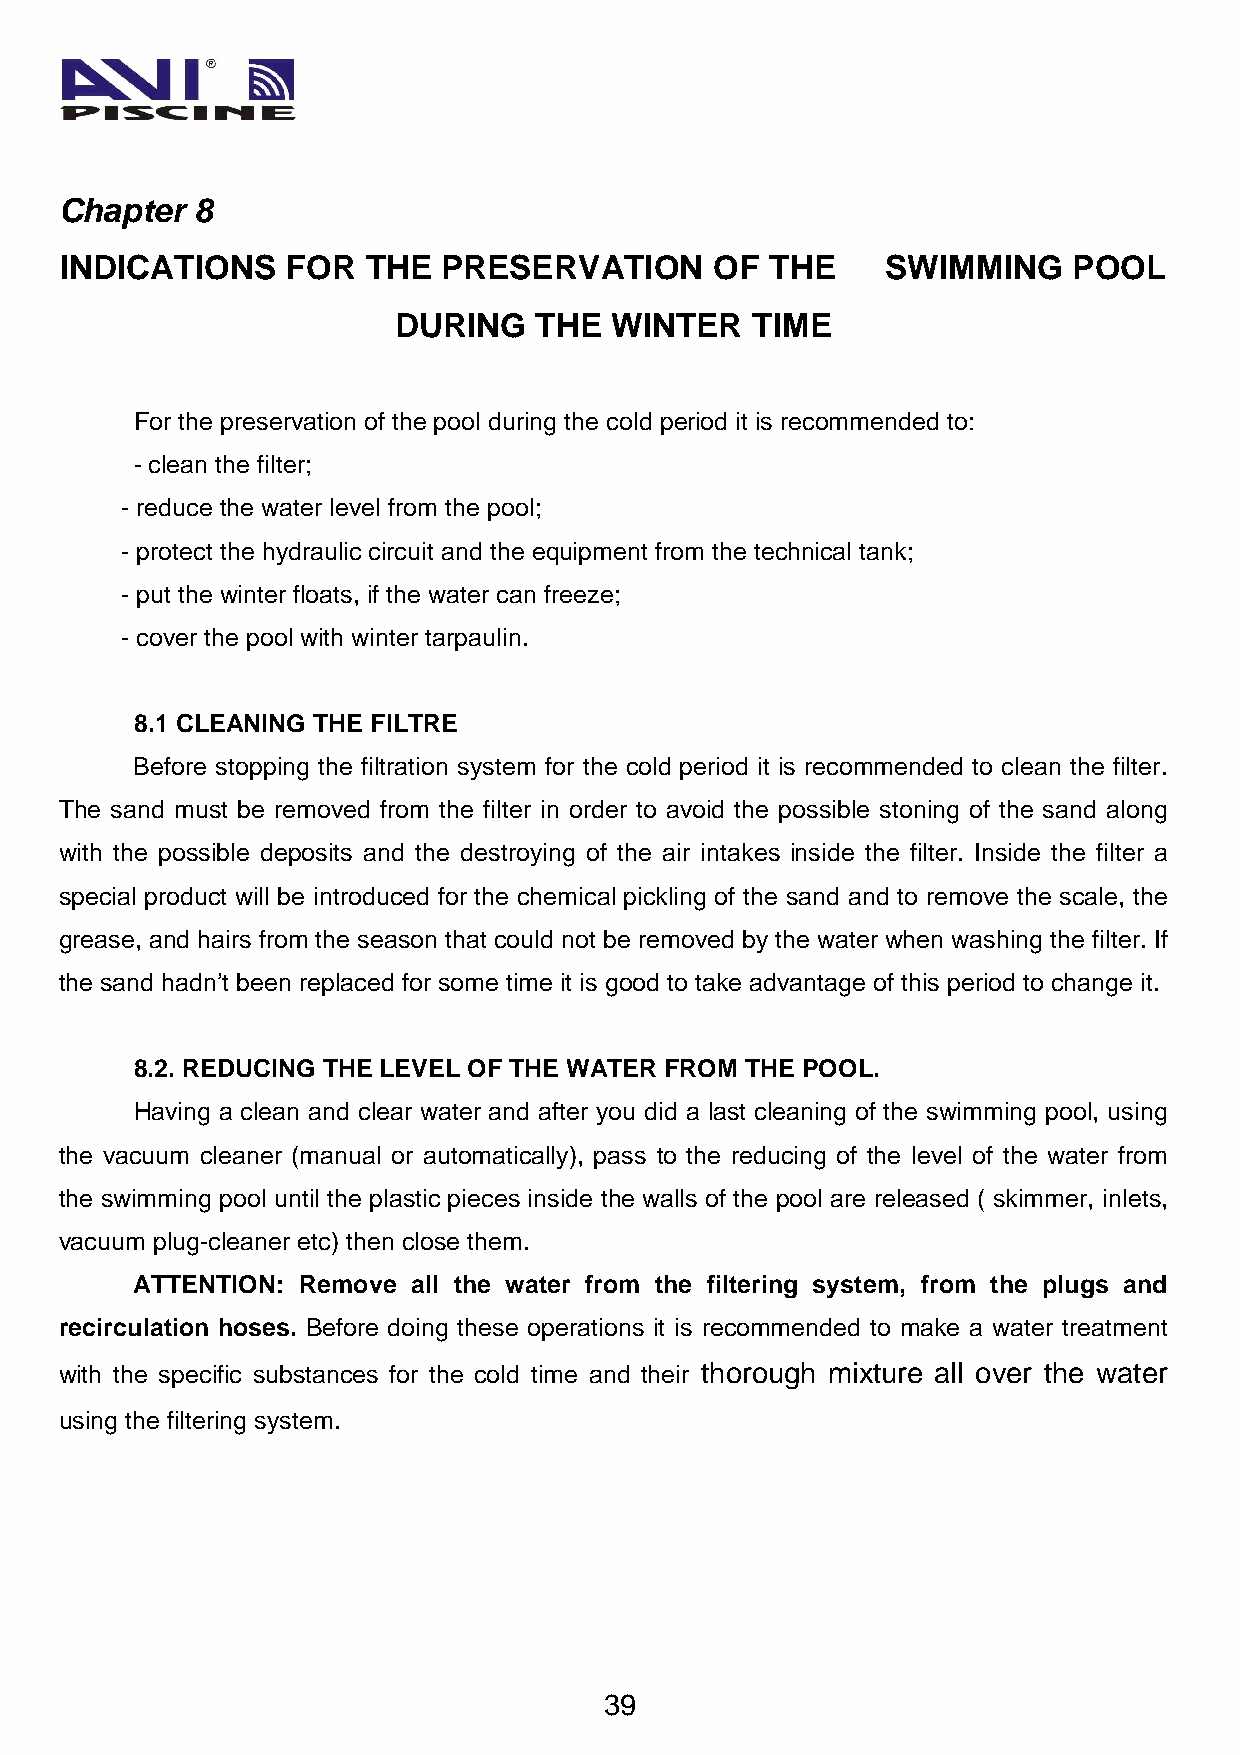
Chapter  8
 INDICATIONS    FOR  THE  PRESERVATION      OF  THE     SWIMMING    POOL
 DURING   THE  WINTER    TIME
 For the preservation of the pool during the cold period it is recommended to:
 - clean the filter;
 - reduce the water level from the pool;
 - protect the hydraulic circuit and the equipment from the technical tank;
 - put the winter floats, if the water can freeze;
 - cover the pool with winter tarpaulin.
 8.1 CLEANING THE FILTRE
 Before stopping the filtration system for the cold period it is recommended to clean the filter.
 The sand must be removed from the filter in order to avoid the possible stoning of the sand along
 with the possible deposits and the destroying of the air intakes inside the filter. Inside the filter a
 special product will be introduced for the chemical pickling of the sand and to remove the scale, the
 grease, and hairs from the season that could not be removed by the water when washing the filter. If
 the sand hadn’t been replaced for some time it is good to take advantage of this period to change it.
 8.2. REDUCING THE LEVEL OF THE WATER FROM THE POOL.
 Having a clean and clear water and after you did a last cleaning of the swimming pool, using
 the vacuum cleaner (manual or automatically), pass to the reducing of the level of the water from
 the swimming pool until the plastic pieces inside the walls of the pool are released ( skimmer, inlets,
 vacuum plug-cleaner etc) then close them.
 ATTENTION: Remove all the water from the filtering system, from the plugs and
 recirculation hoses. Before doing these operations it is recommended to make a water treatment
 with the specific substances for the cold time and their thorough mixture all over the water
 using the filtering system.
 39